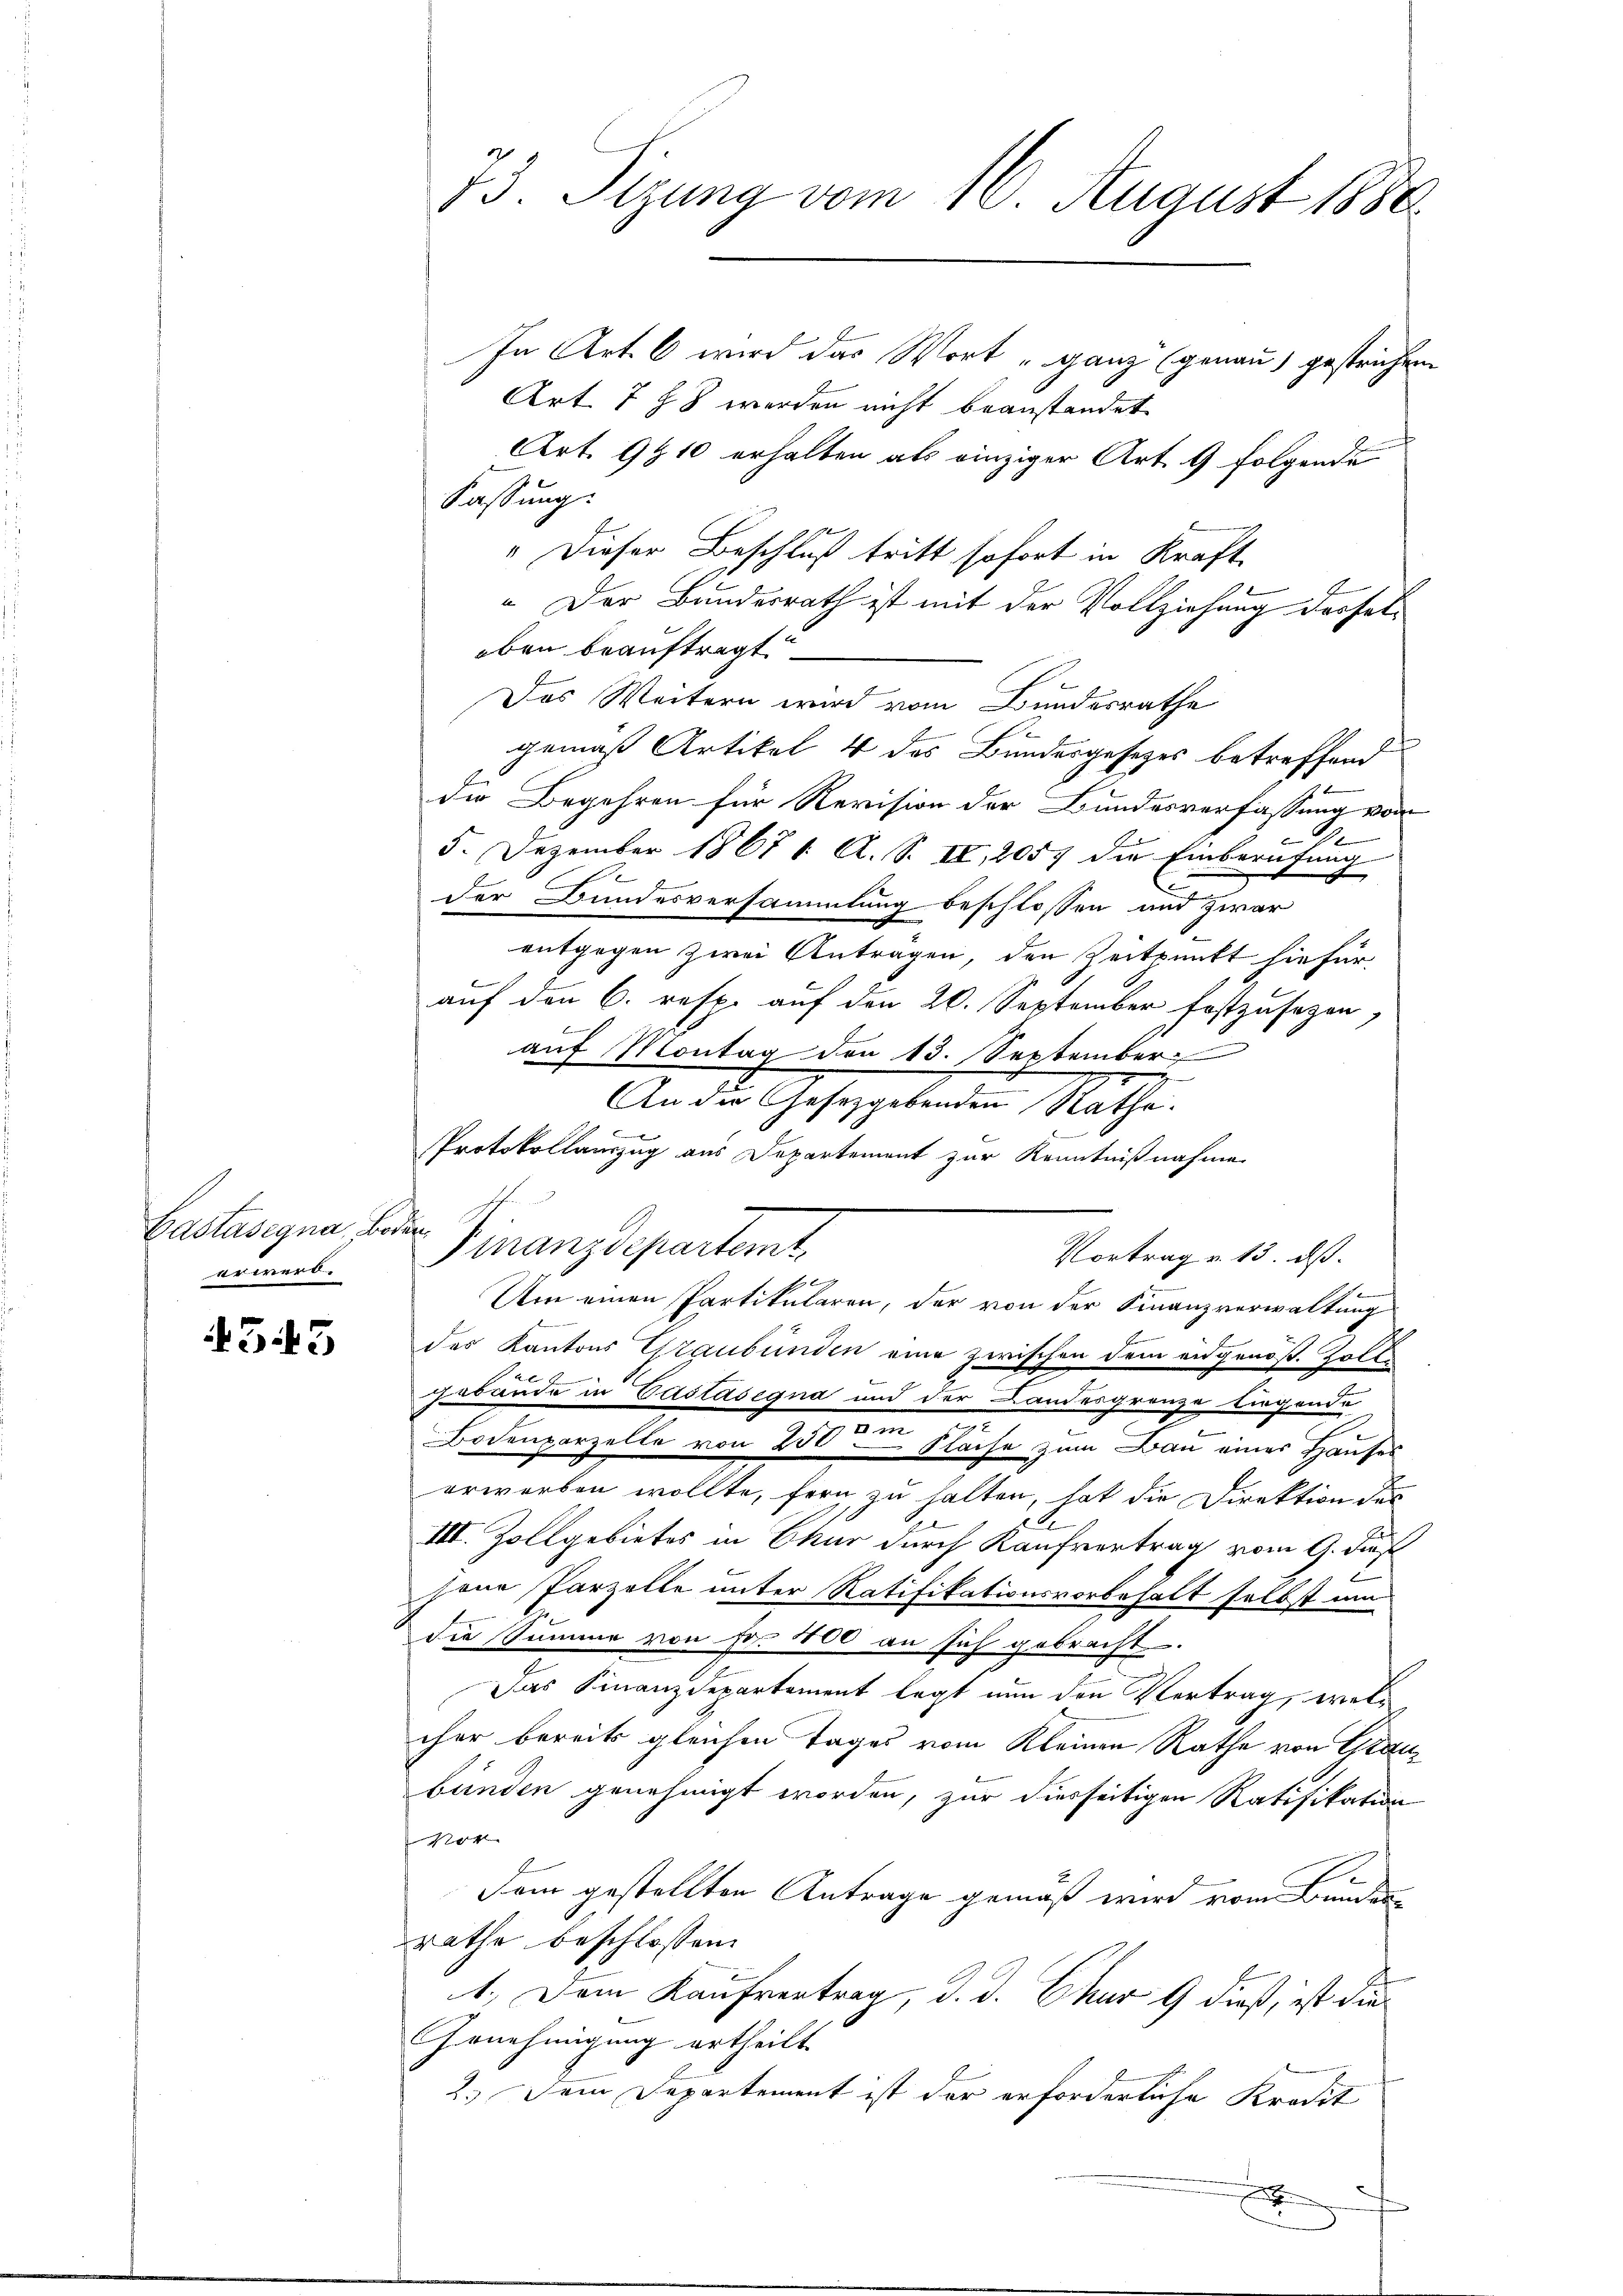
Bastasegna, Boden
erwerb.

345

73. Sizung vom 16. August 1888.
In Art. 6 wird das Wort „ganz genau) gestrichten

Art. 778 werden nicht beanstandet
Art. 9910 erhalten als einziger Art. 9 folgende
Fassung.
" Dieser Beschluß tritt sofort in Kraft
" Der Bundesrath ist mit der Vollziehung derseleben beauftragt.
Das Weitern wird vom Bundesrathe
f
gemäß Artikel 4 des Bundesgesetzes betreffend
die Begehren für Revision der Bundesverfassung von
.
5. Dezember 1867 1. A. S. II, 2057 die Einberufung
Der Bundesversammlung beschlossen und zwar
entgegen zwei Antragen, den Zeitpunkt hiefür
auf den 6. resp. auf den 20. September festzusehen,
auf Montag den 13. September

An der Gesetzgebenden Mathe.
Protokollauszug aus Departement zur Kenntnißnahme
Finanzdepartemt,
Vortrag v. 13. ds.
de
Um einen Partikularen, der von der Finanzverwaltung
Er
des Kantons Graubünden eine zwischen dem eidgenöß. Zoll
1
gabande in Castasegna und der Landesgrenze liegende
e
e
Bodenparzelle von 250 & Fläche zum Bau eines Hauses
erworben wollte, fern zu halten, hat die Direktion des
E
III. Zollgebietes in Chur durch Kaufvertrag vom 9. ds
sene Parzelle unter Ratifikationsvorbehalt selbst um
die Summe von Fr. 400 an sich gebracht.
Das Finanzdepartement legt nun den Vertrag, welcher bereits gleichen Tages vom Kleinen Rathe von Grau
bünden genehmigt worden, zur diesseitigen Ratifikation
Nov.
Dem gestellten Antrage gemäß wird vom Bunden
rathe beschlossen:
1.) Dem Kaufvertrag, d. d. Chur 9 dieß, ist die
Genehmigung ertheilt.
2.) Dem Departement ist der erforderliche Kredit

.